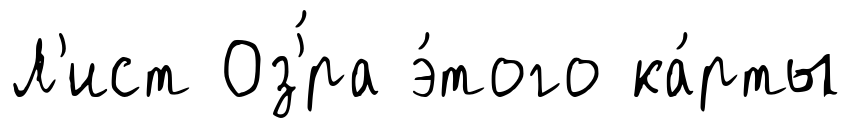
Л'ист Оз'́ра э́того ка́рты